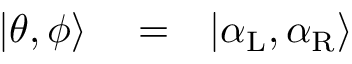
\begin{array} { r l r } { | \theta , \phi \rangle } & { { } = } & { | \alpha _ { \mathrm { L } } , \alpha _ { \mathrm { R } } \rangle } \end{array}